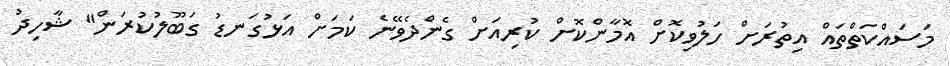
މަސައްކަތްތައް އިތުރަށް ހަލުވިކޮށް އޮމާންކޮށް ކުރިއަށް ގެންދެވޭނެ ކަމަށް އަޅުގަނޑު ގަބޫލުކުރަން" ޝާހިދު